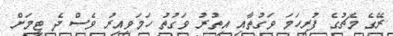
ރޭގެ މެޗުގެ ފުރިހަމަ ވަގުތާއި އިތުރު ވަގުތު ހަމަވިއިރު ވެސް ދެ ޓީމަށް